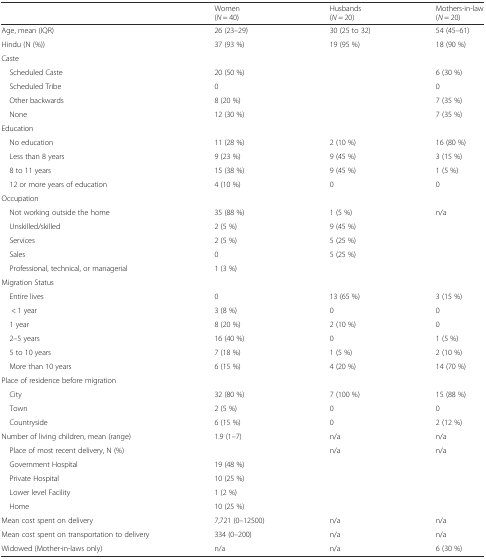
<table><thead><tr><td></td><td><b>Women (<i>N</i> = 40)</b></td><td><b>Husbands (<i>N</i> = 20)</b></td><td><b>Mothers-in-law (<i>N</i> = 20)</b></td></tr></thead><tbody><tr><td>Age, mean (IQR)</td><td>26 (23–29)</td><td>30 (25 to 32)</td><td>54 (45–61)</td></tr><tr><td>Hindu (N (%))</td><td>37 (93 %)</td><td>19 (95 %)</td><td>18 (90 %)</td></tr><tr><td colspan="4">Caste</td></tr><tr><td> Scheduled Caste</td><td>20 (50 %)</td><td></td><td>6 (30 %)</td></tr><tr><td> Scheduled Tribe</td><td>0</td><td></td><td>0</td></tr><tr><td> Other backwards</td><td>8 (20 %)</td><td></td><td>7 (35 %)</td></tr><tr><td> None</td><td>12 (30 %)</td><td></td><td>7 (35 %)</td></tr><tr><td colspan="4">Education</td></tr><tr><td> No education</td><td>11 (28 %)</td><td>2 (10 %)</td><td>16 (80 %)</td></tr><tr><td> Less than 8 years</td><td>9 (23 %)</td><td>9 (45 %)</td><td>3 (15 %)</td></tr><tr><td> 8 to 11 years</td><td>15 (38 %)</td><td>9 (45 %)</td><td>1 (5 %)</td></tr><tr><td> 12 or more years of education</td><td>4 (10 %)</td><td>0</td><td>0</td></tr><tr><td colspan="4">Occupation</td></tr><tr><td> Not working outside the home</td><td>35 (88 %)</td><td>1 (5 %)</td><td>n/a</td></tr><tr><td> Unskilled/skilled</td><td>2 (5 %)</td><td>9 (45 %)</td><td></td></tr><tr><td> Services</td><td>2 (5 %)</td><td>5 (25 %)</td><td></td></tr><tr><td> Sales</td><td>0</td><td>5 (25 %)</td><td></td></tr><tr><td> Professional, technical, or managerial</td><td>1 (3 %)</td><td></td><td></td></tr><tr><td colspan="4">Migration Status</td></tr><tr><td> Entire lives</td><td>0</td><td>13 (65 %)</td><td>3 (15 %)</td></tr><tr><td>&lt; 1 year</td><td>3 (8 %)</td><td>0</td><td>0</td></tr><tr><td> 1 year</td><td>8 (20 %)</td><td>2 (10 %)</td><td>0</td></tr><tr><td> 2–5 years</td><td>16 (40 %)</td><td>0</td><td>1 (5 %)</td></tr><tr><td> 5 to 10 years</td><td>7 (18 %)</td><td>1 (5 %)</td><td>2 (10 %)</td></tr><tr><td> More than 10 years</td><td>6 (15 %)</td><td>4 (20 %)</td><td>14 (70 %)</td></tr><tr><td colspan="4">Place of residence before migration</td></tr><tr><td> City</td><td>32 (80 %)</td><td>7 (100 %)</td><td>15 (88 %)</td></tr><tr><td> Town</td><td>2 (5 %)</td><td>0</td><td>0</td></tr><tr><td> Countryside</td><td>6 (15 %)</td><td>0</td><td>2 (12 %)</td></tr><tr><td>Number of living children, mean (range)</td><td>1.9 (1–7)</td><td>n/a</td><td>n/a</td></tr><tr><td> Place of most recent delivery, N (%)</td><td></td><td>n/a</td><td>n/a</td></tr><tr><td> Government Hospital</td><td>19 (48 %)</td><td></td><td></td></tr><tr><td> Private Hospital</td><td>10 (25 %)</td><td></td><td></td></tr><tr><td> Lower level Facility</td><td>1 (2 %)</td><td></td><td></td></tr><tr><td> Home</td><td>10 (25 %)</td><td></td><td></td></tr><tr><td>Mean cost spent on delivery</td><td>7,721 (0–12500)</td><td>n/a</td><td>n/a</td></tr><tr><td>Mean cost spent on transportation to delivery</td><td>334 (0–200)</td><td>n/a</td><td>n/a</td></tr><tr><td>Widowed (Mother-in-laws only)</td><td>n/a</td><td>n/a</td><td>6 (30 %)</td></tr></tbody></table>